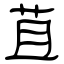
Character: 苴